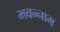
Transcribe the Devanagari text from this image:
भवन्नाम